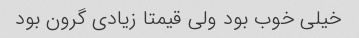
خیلی خوب بود ولی قیمتا زیادی گرون بود